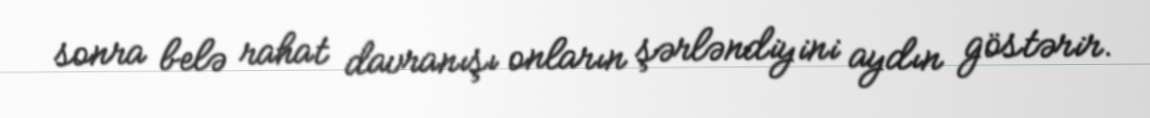
sonra belə rahat davranışı onların şərləndiyini aydın göstərir.